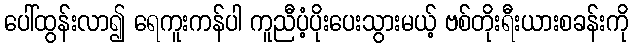
ပေါ်ထွန်းလာ၍ ရေကူးကန်ပါ ကူညီပံ့ပိုးပေးသွားမယ့် ဗစ်တိုးရီးယားစခန်းကို